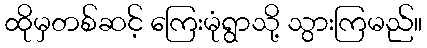
ထိုမှတစ်ဆင့် ကြေးမုံရွာသို့ သွားကြမည်။